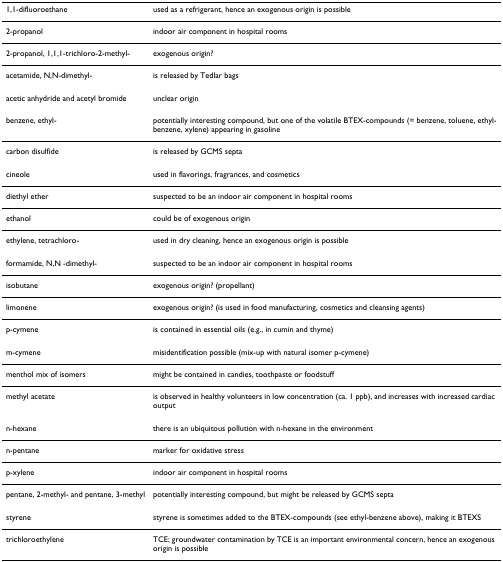
| 1,1-difluoroethane | used as a refrigerant, hence an exogenous origin is possible |
 | --- | --- |
 | 2-propanol | indoor air component in hospital rooms |
 | 2-propanol, 1,1,1-trichloro-2-methyl- | exogenous origin? |
 | acetamide, N,N-dimethyl- | is released by Tedlar bags |
 | acetic anhydride and acetyl bromide | unclear origin |
 | benzene, ethyl- | potentially interesting compound, but one of the volatile BTEX-compounds (= benzene, toluene, ethyl-benzene, xylene) appearing in gasoline |
 | carbon disulfide | is released by GCMS septa |
 | cineole | used in flavorings, fragrances, and cosmetics |
 | diethyl ether | suspected to be an indoor air component in hospital rooms |
 | ethanol | could be of exogenous origin |
 | ethylene, tetrachloro- | used in dry cleaning, hence an exogenous origin is possible |
 | formamide, N,N -dimethyl- | suspected to be an indoor air component in hospital rooms |
 | isobutane | exogenous origin? (propellant) |
 | limonene | exogenous origin? (is used in food manufacturing, cosmetics and cleansing agents) |
 | p-cymene | is contained in essential oils (e.g., in cumin and thyme) |
 | m-cymene | misidentification possible (mix-up with natural isomer p-cymene) |
 | menthol mix of isomers | might be contained in candies, toothpaste or foodstuff |
 | methyl acetate | is observed in healthy volunteers in low concentration (ca. 1 ppb), and increases with increased cardiac output |
 | n-hexane | there is an ubiquitous pollution with n-hexane in the environment |
 | n-pentane | marker for oxidative stress |
 | p-xylene | indoor air component in hospital rooms |
 | pentane, 2-methyl- and pentane, 3-methyl | potentially interesting compound, but might be released by GCMS septa |
 | styrene | styrene is sometimes added to the BTEX-compounds (see ethyl-benzene above), making it BTEXS |
 | trichloroethylene | TCE; groundwater contamination by TCE is an important environmental concern, hence an exogenous origin is possible |